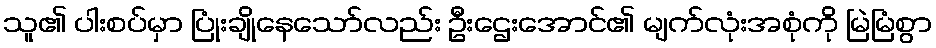
သူ၏ ပါးစပ်မှာ ပြုံးချိုနေသော်လည်း ဦးဌေးအောင်၏ မျက်လုံးအစုံကို မြဲမြံစွာ